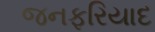
જનફરિયાદ